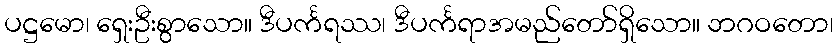
ပဋ္ဌမော၊ ရှေးဦးစွာသော။ ဒီပင်္ကရဿ၊ ဒီပင်္ကရာအမည်တော်ရှိသော။ ဘဂဝတော၊